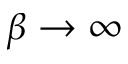
\beta \to \infty